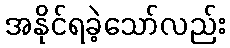
အနိုင်ရခဲ့သော်လည်း